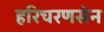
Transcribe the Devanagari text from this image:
हरिचरणसेन